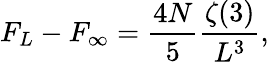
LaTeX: F_{L}-F_{\infty}={\frac{4N}{5}}{\frac{\zeta(3)}{L^{3}}},